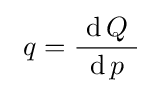
~q={\frac {\ \operatorname {d} Q\ }{\operatorname {d} p}}\